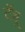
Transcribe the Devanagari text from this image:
टॅबू